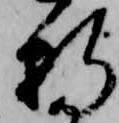
折